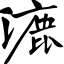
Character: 漉